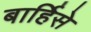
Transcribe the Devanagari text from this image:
बार्हिसे